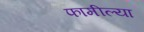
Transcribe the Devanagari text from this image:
फामील्या